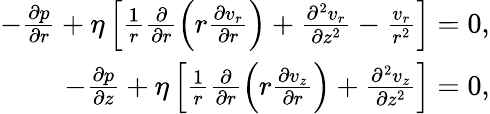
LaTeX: \begin{array}{r}{-\frac{\partial p}{\partial r}+\eta\left[\frac{1}{r}\frac{\partial}{\partial r}\left(r\frac{\partial v_{r}}{\partial r}\right)+\frac{\partial^{2}v_{r}}{\partial z^{2}}-\frac{v_{r}}{r^{2}}\right]=0,}\\ {-\frac{\partial p}{\partial z}+\eta\left[\frac{1}{r}\frac{\partial}{\partial r}\left(r\frac{\partial v_{z}}{\partial r}\right)+\frac{\partial^{2}v_{z}}{\partial z^{2}}\right]=0,}\end{array}